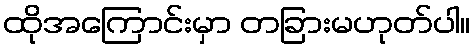
ထိုအကြောင်းမှာ တခြားမဟုတ်ပါ။